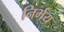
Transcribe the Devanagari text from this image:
निर्भय